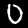
Label: 0